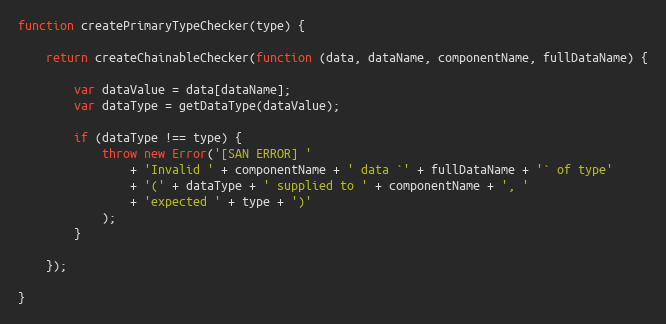
Language: JavaScript
function createPrimaryTypeChecker(type) {

    return createChainableChecker(function (data, dataName, componentName, fullDataName) {

        var dataValue = data[dataName];
        var dataType = getDataType(dataValue);

        if (dataType !== type) {
            throw new Error('[SAN ERROR] '
                + 'Invalid ' + componentName + ' data `' + fullDataName + '` of type'
                + '(' + dataType + ' supplied to ' + componentName + ', '
                + 'expected ' + type + ')'
            );
        }

    });

}